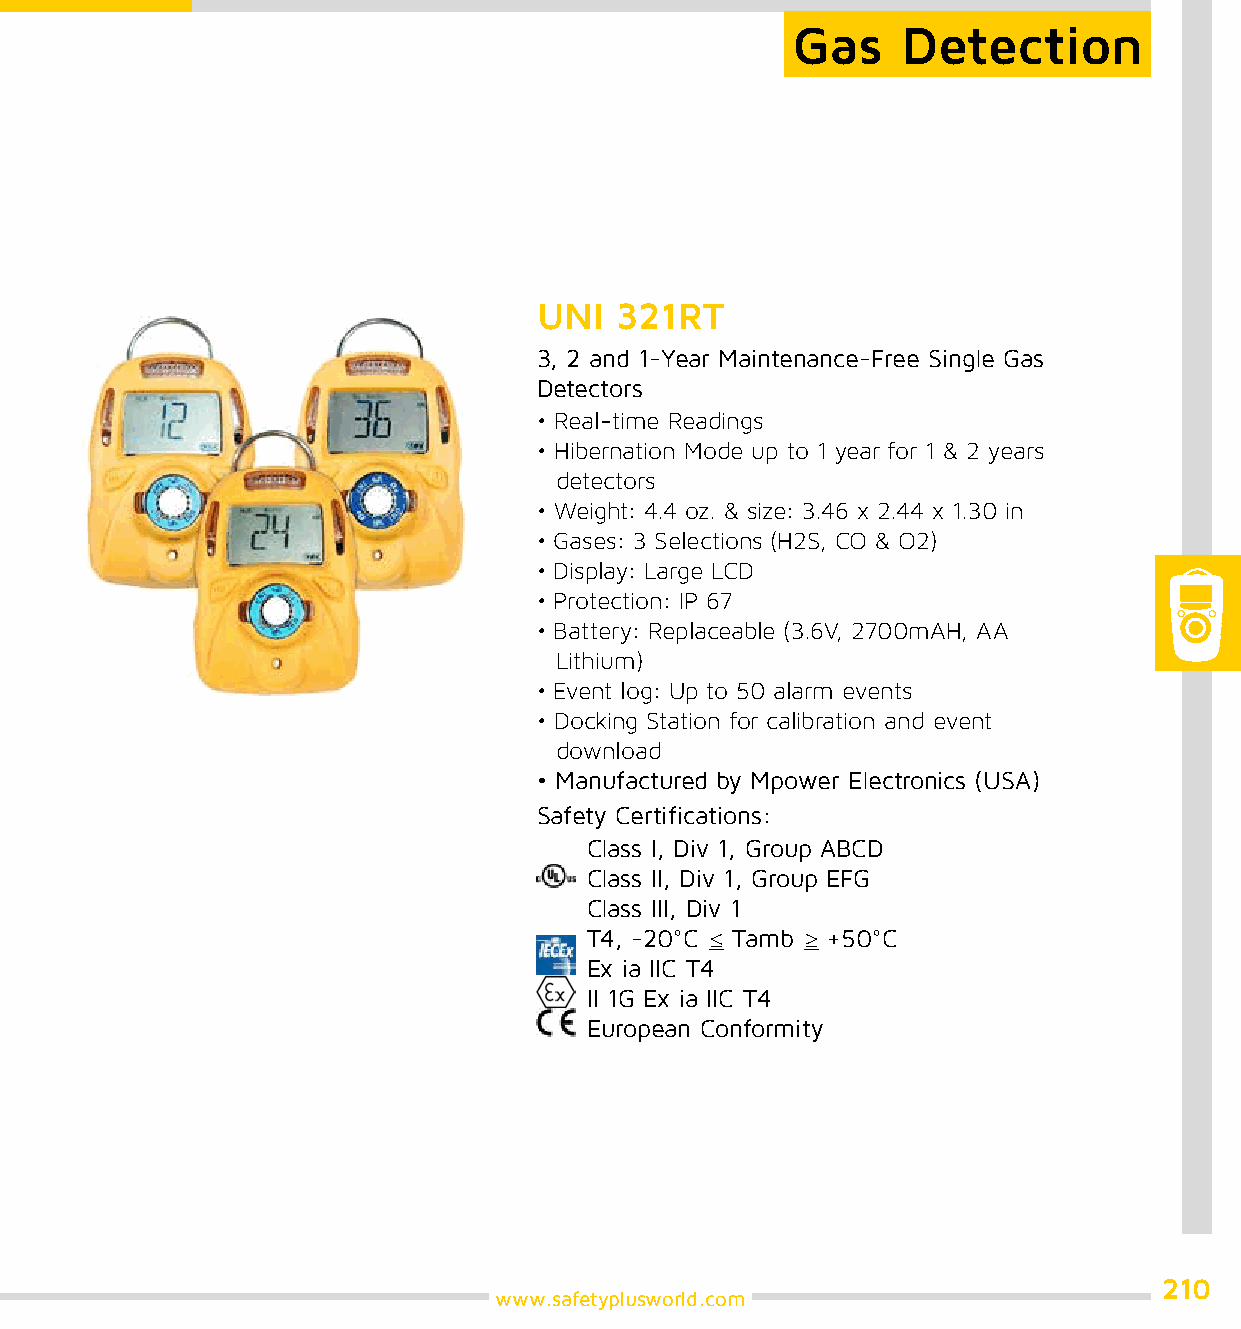
Gas     Detection
 UNI  321RT
 3, 2 and 1-Year Maintenance-Free Single Gas
 Detectors
 • Real-time Readings
 • Hibernation Mode up to 1 year for 1 & 2 years
 detectors
 • Weight: 4.4 oz. & size: 3.46 x 2.44 x 1.30 in
 • Gases: 3 Selections (H2S, CO & O2)
 • Display: Large LCD
 • Protection: IP 67
 • Battery: Replaceable (3.6V, 2700mAH, AA
 Lithium)
 • Event log: Up to 50 alarm events
 • Docking Station for calibration and event
 download
 • Manufactured by Mpower Electronics (USA)
 Safety Certifications:
 Class I, Div 1, Group ABCD
 Class II, Div 1, Group EFG
 Class III, Div 1
 T4, -20°C ≤ Tamb ≥ +50°C
 Ex ia IIC T4
 II 1G Ex ia IIC T4
 European Conformity
 210
 www.safetyplusworld.com